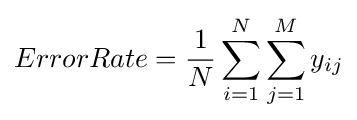
ErrorRate={\frac {1}{N}}\sum _{i=1}^{N}\sum _{j=1}^{M}y_{ij}